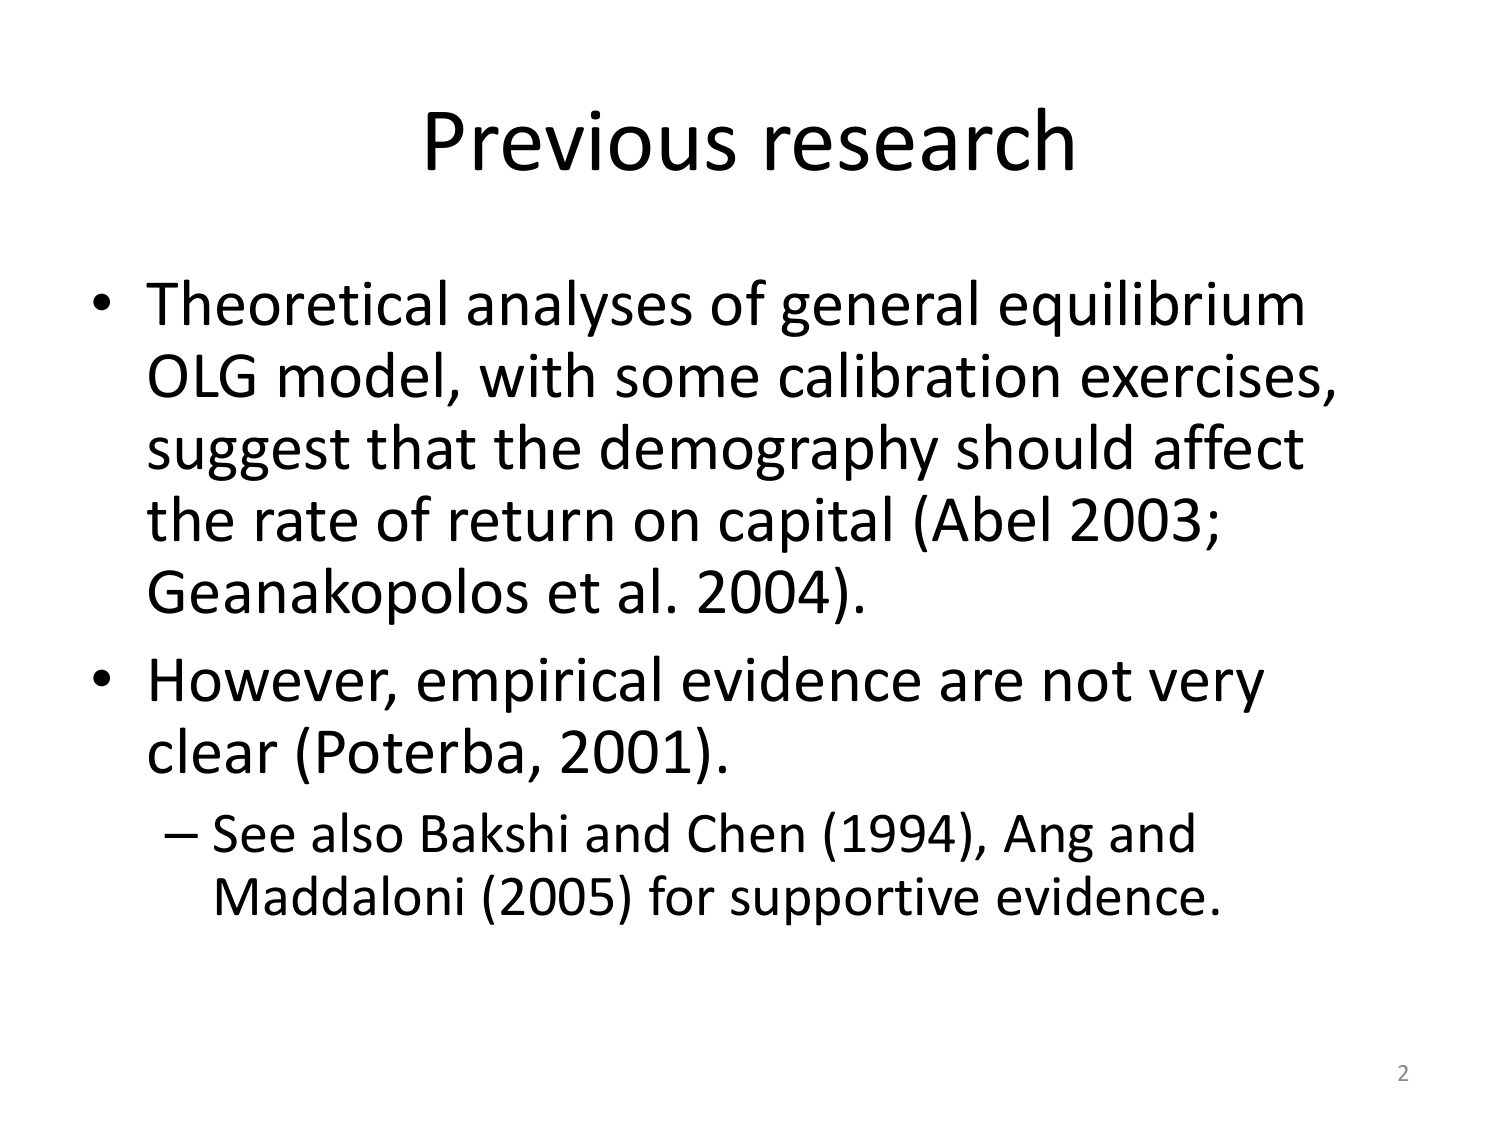
Previous research

• Theoretical analyses of general equilibrium OLG model, with some calibration exercises, suggest that the demography should affect the rate of return on capital (Abel 2003; Geanakopulos et al. 2004).

• However, empirical evidence are not very clear (Poterba, 2001).
– See also Bakshi and Chen (1994), Ang and Maddaloni (2005) for supportive evidence.

2